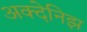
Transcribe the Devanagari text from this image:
अक्देनिझ